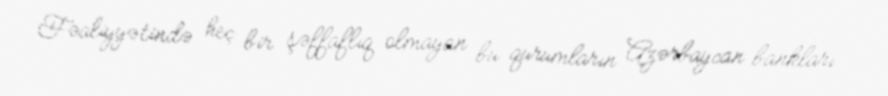
Fəaliyyətində heç bir şəffaflıq olmayan bu qurumların Azərbaycan bankları